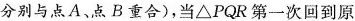
分别与点A、点B重合)，当△PQR第一次回到原